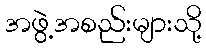
အဖွဲ့အစည်းများသို့